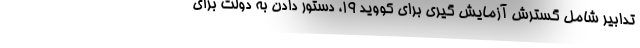
تدابیر شامل گسترش آزمایش گیری برای کووید ۱۹، دستور دادن به دولت برای